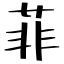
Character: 菲